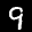
Label: 9